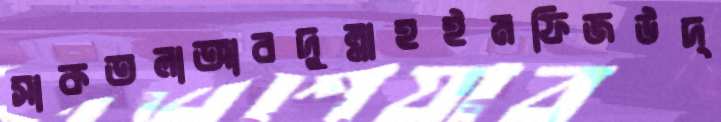
সাকতলাআবদুল্লাহইমফিজউদ্